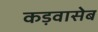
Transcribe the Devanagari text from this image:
कड़वासेब